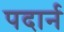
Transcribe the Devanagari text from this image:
पदार्न